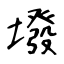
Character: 墢